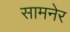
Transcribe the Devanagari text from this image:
सामनेर